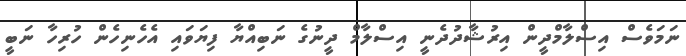
ނަމަވެސް އިސްލާމްދީން އިރުޝާދުދެނީ އިސްލާމް ދީނުގެ ނަބިއްޔާ ފިޔަވައި އެހެނިހެން ހުރިހާ ނަބީ